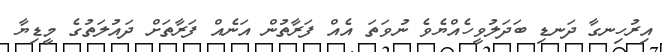
އިރުހިނގާ ދަނޑި ބަދަލުވީހެއްޔެވެ ނުވަތަ އެއް ފަރާތުން އަނެއް ފަރާތަށް ދައުލަތުގެ މީޑިޔާ